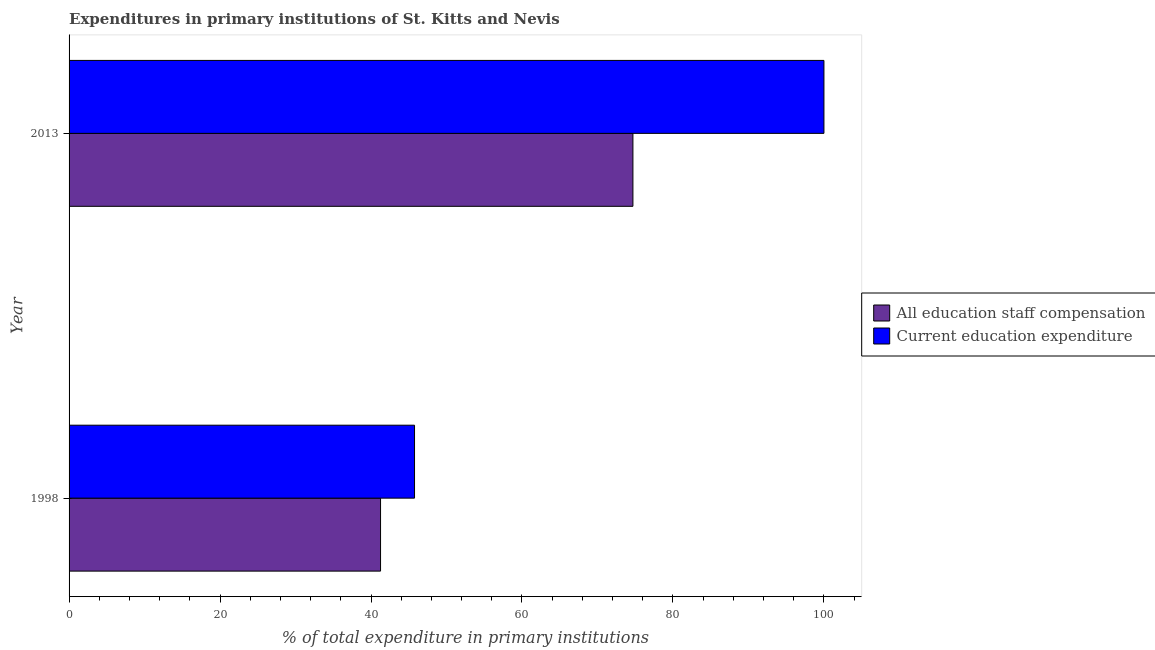
| Year | All education staff compensation | Current education expenditure |
 | --- | --- | --- |
 | 1998 | 41.3 | 45.8 |
 | 2013 | 74.7 | 100 |